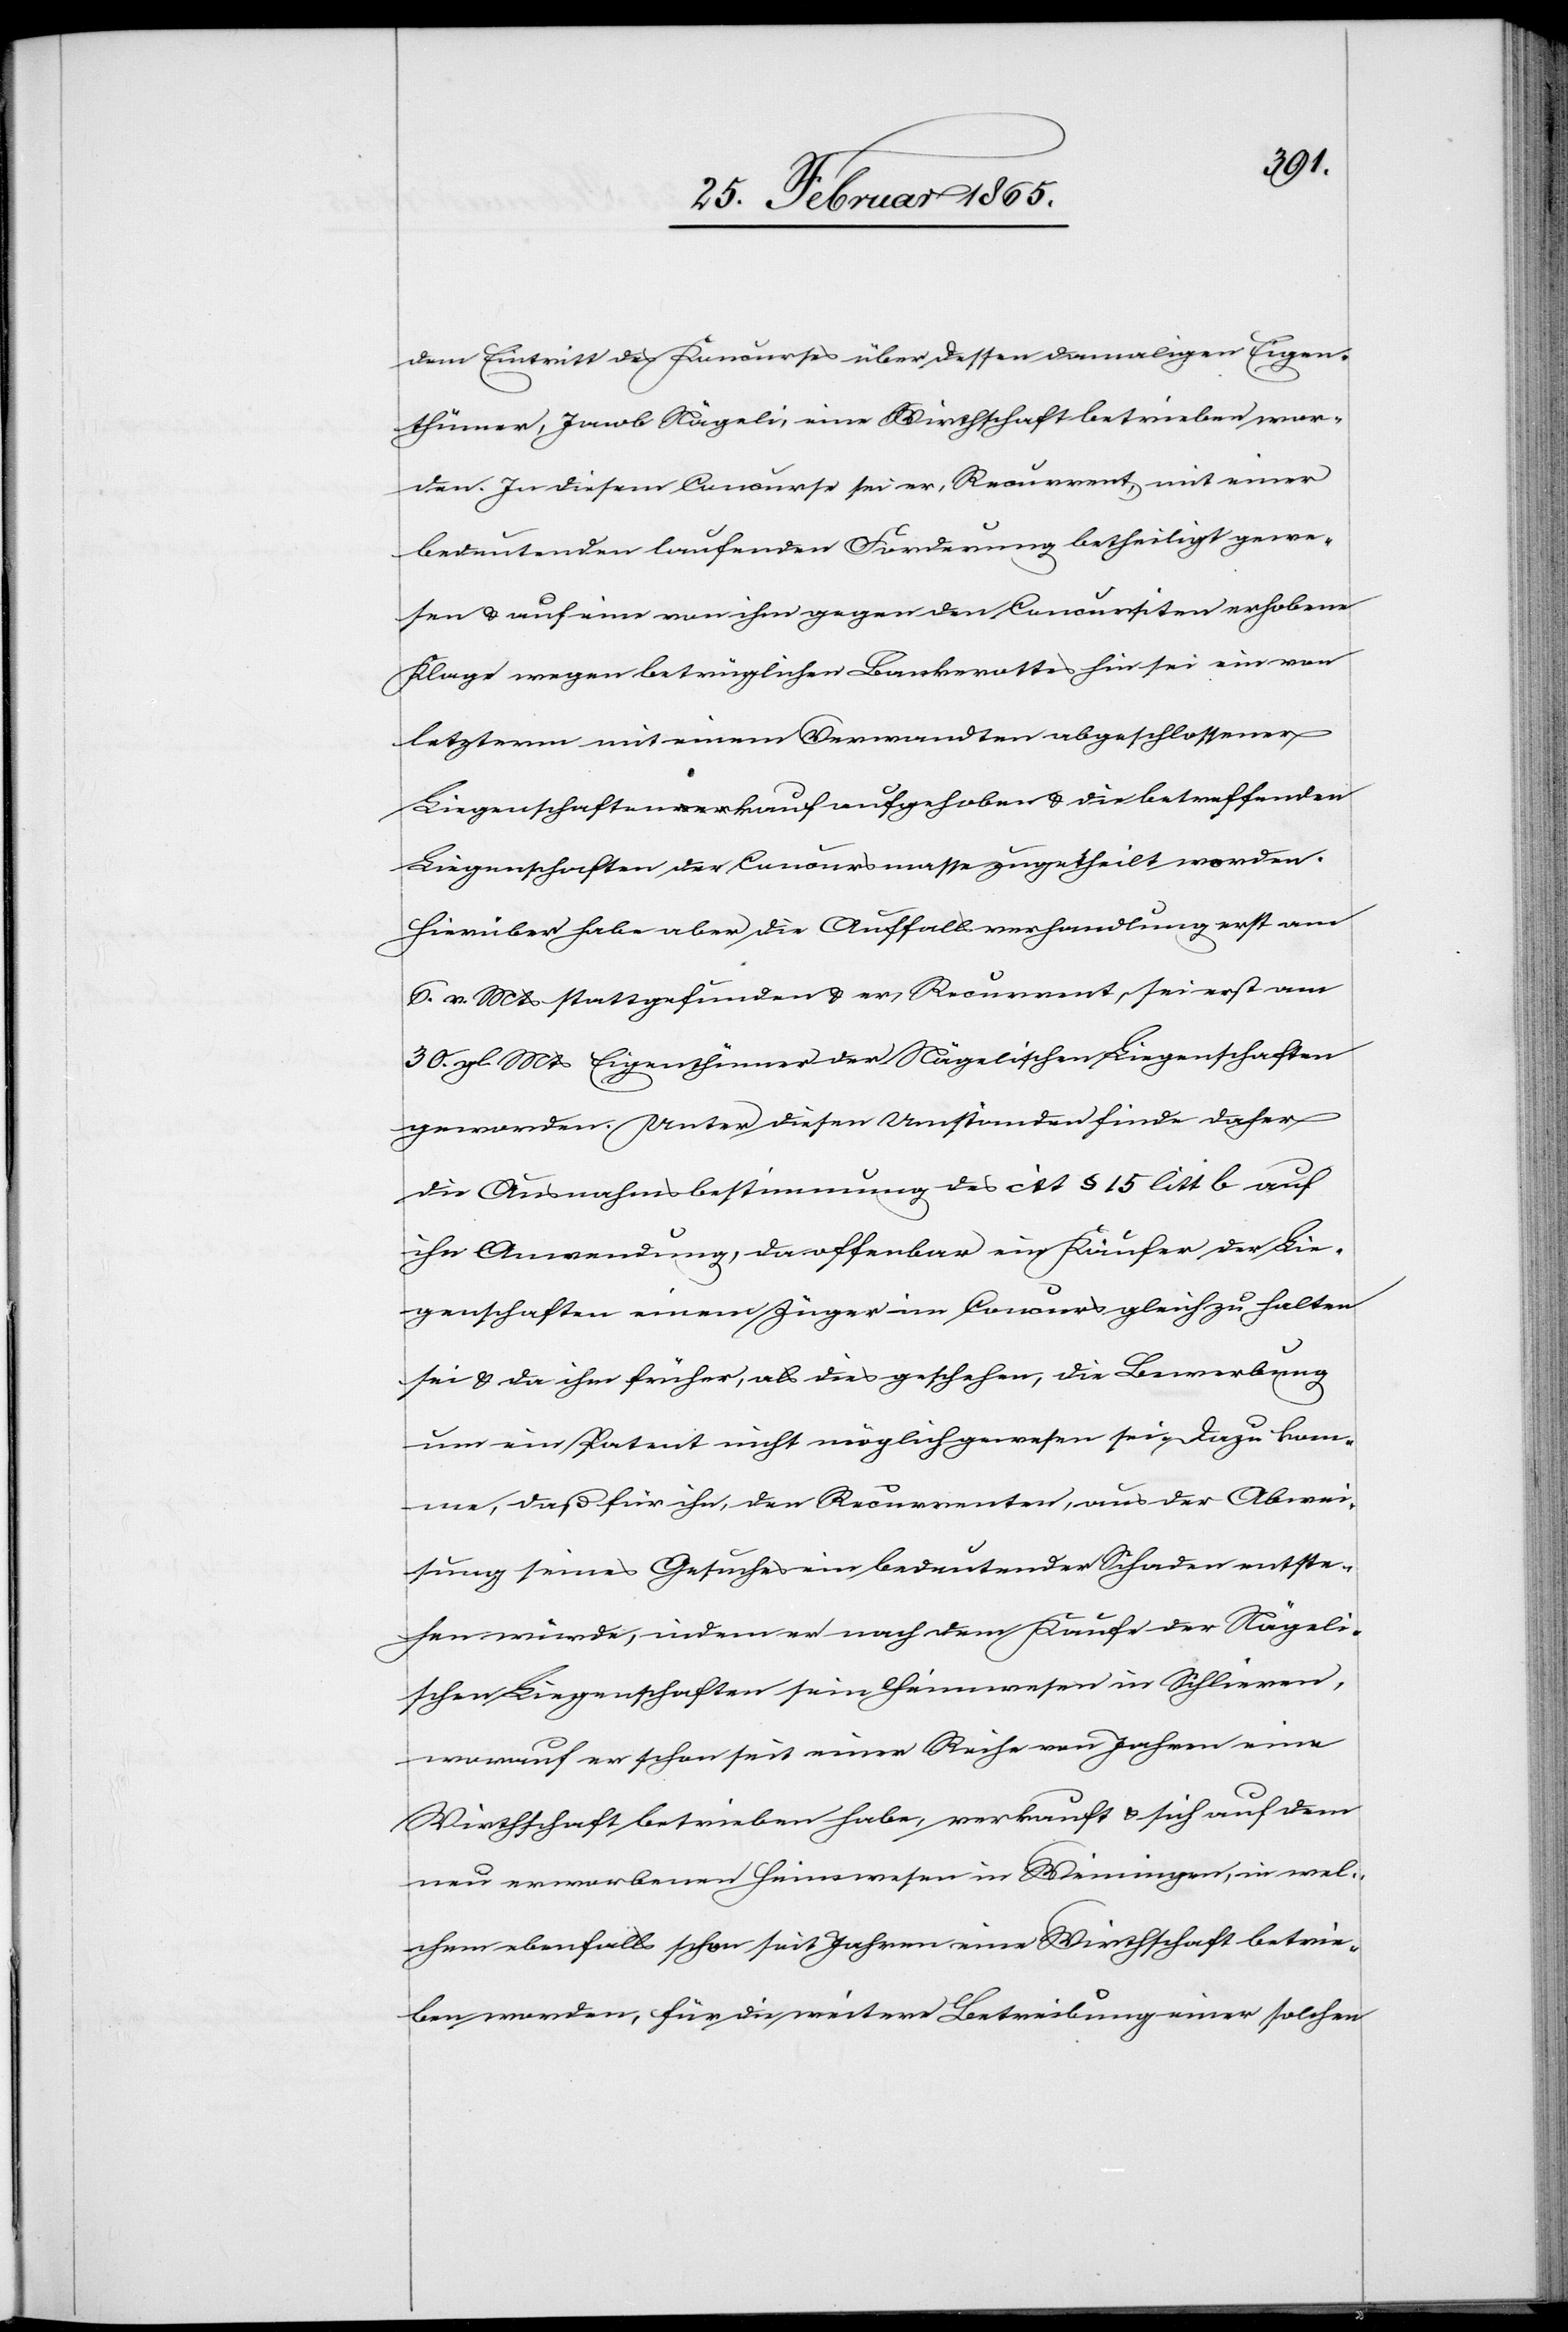
dem Eintritt des Koncurses über dessen damaligen Eigen¬
thümer, Jacob Nägeli, eine Wirthschaft betrieben wor¬
den. In diesem Concurse sei er, Recurrent, mit einer
bedeutenden laufenden Forderung betheiligt gewe¬
sen u. auf eine von ihm gegen den Concursiten erhobene
Klage wegen betrüglichen Bankerottes hin sei ein von
letzterm mit einem Verwandten abgeschlossener
Liegenschaftenkauf aufgehoben u. die betreffenden
Liegenschaften der Concursmasse zugetheilt worden.
Hierüber habe aber die Auffallsverhandlung erst am
6. v. Mts stattgefunden u. er, Recurrent, sei erst am
30. gl. Mts Eigenthümer der Nägelischen Liegenschaften
geworden. Unter diesen Umständen finde daher
die Ausnahmsbestimmung des cit § 15 litt b auf
ihn Anwendung, da offenbar ein Käufer der Lie¬
genschaften einem Züger im Concurs gleichzuhalten
sei u. da ihm früher, als dies geschehen, die Bewerbung
um ein Patent nicht möglich gewesen sei. Dazu kom¬
me, daß für ihn, den Recurrenten, aus der Abwei¬
sung seines Gesuches ein bedeutender Schaden entste¬
hen würde, indem er nach dem Kaufe der Nägeli¬
schen Liegenschaften sein Heimwesen in Schlieren,
worauf er schon seit einer Reihe von Jahren eine
Wirthschaft betreiben habe, verkauft u. sich auf dem
neu erworbenen Heimwesen in Weiningen, in wel¬
chem ebenfalls schon seit Jahren eine Wirthschaft betrie¬
ben worden, für die weitere Betreibung einer solchen